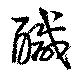
醎